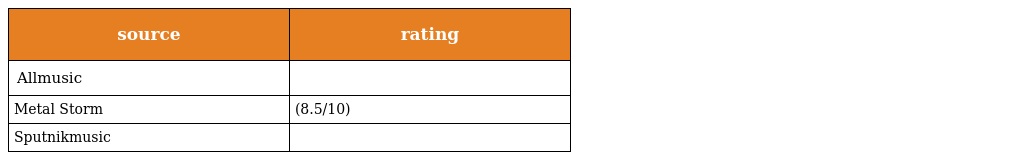
| source | rating |
 | --- | --- |
 | Allmusic |  |
 | Metal Storm | (8.5/10) |
 | Sputnikmusic |  |